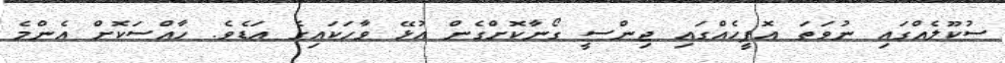
ސުކޫލެއްގައި ނުވަތަ އޮފީހެއްގައި ޖިންސީ ގޯނާކޮށްގެން އުޅޭ ވާހަކައިގެ އަޑެވެ. ހާއްސަކޮށް އެންމެ